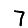
Digit: 7